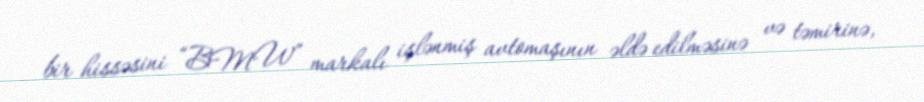
bir hissəsini “BMW” markalı işlənmiş avtomaşının əldə edilməsinə və təmirinə,